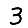
Digit: 3